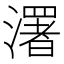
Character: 濖